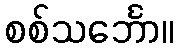
စစ်သင်္ဘော။